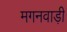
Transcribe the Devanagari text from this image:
मगनवाड़ी